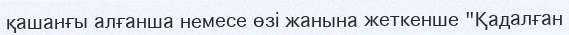
қашанғы алғанша немесе өзі жанына жеткенше "Қадалған